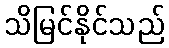
သိမြင်နိုင်သည်